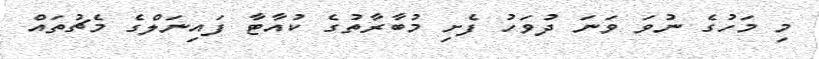
މި މަހުގެ ނުވަ ވަނަ ދުވަހު ފެށި މުބާރާތުގެ ކުއާޓާ ފައިނަލްގެ މެޗުތައް